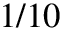
1 / 1 0